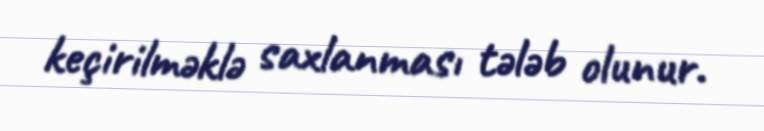
keçirilməklə saxlanması tələb olunur.